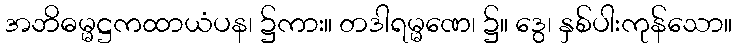
အဘိဓမ္မဋ္ဌကထာယံပန၊ ၌ကား။ တဒါရမ္မဏေ၊ ၌။ ဒွေ၊ နှစ်ပါးကုန်သော။